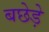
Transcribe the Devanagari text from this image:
बछेड़े